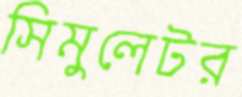
সিমুলেটর